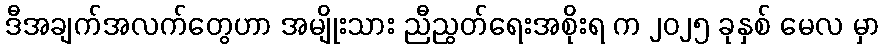
ဒီအချက်အလက်တွေဟာ အမျိုးသား ညီညွတ်ရေးအစိုးရ က ၂၀၂၅ ခုနှစ် မေလ မှာ